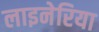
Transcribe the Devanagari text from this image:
लाइनेरिया